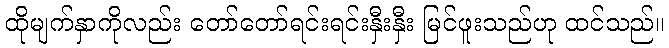
ထိုမျက်နှာကိုလည်း တော်တော်ရင်းရင်းနှီးနှီး မြင်ဖူးသည်ဟု ထင်သည်။